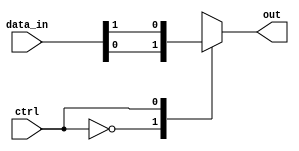
module MUX_128to1 (
    input [127:0] data_in,
    input ctrl,
    output reg out
);

always @(*) begin
    case(ctrl)
        7'd0: out = data_in[0];
        7'd1: out = data_in[1];
        // Repeat for remaining 126 cases
        default: out = 1'b0; // default output in case of invalid ctrl value
    endcase
end

endmodule